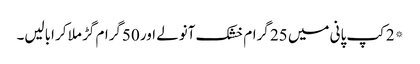
*2کپ پانی میں 25 گرام خشک آنولے اور 50گرام گڑ ملا کر ابالیں۔